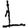
Digit: 1